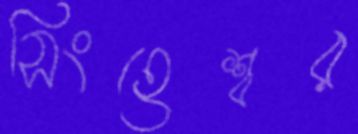
সিংহেশ্বর